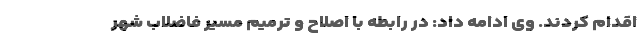
اقدام کردند. وی ادامه داد: در رابطه با اصلاح و ترمیم مسیر فاضلاب شهر